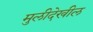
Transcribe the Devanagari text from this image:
मुलीदेखील